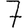
Digit: 7